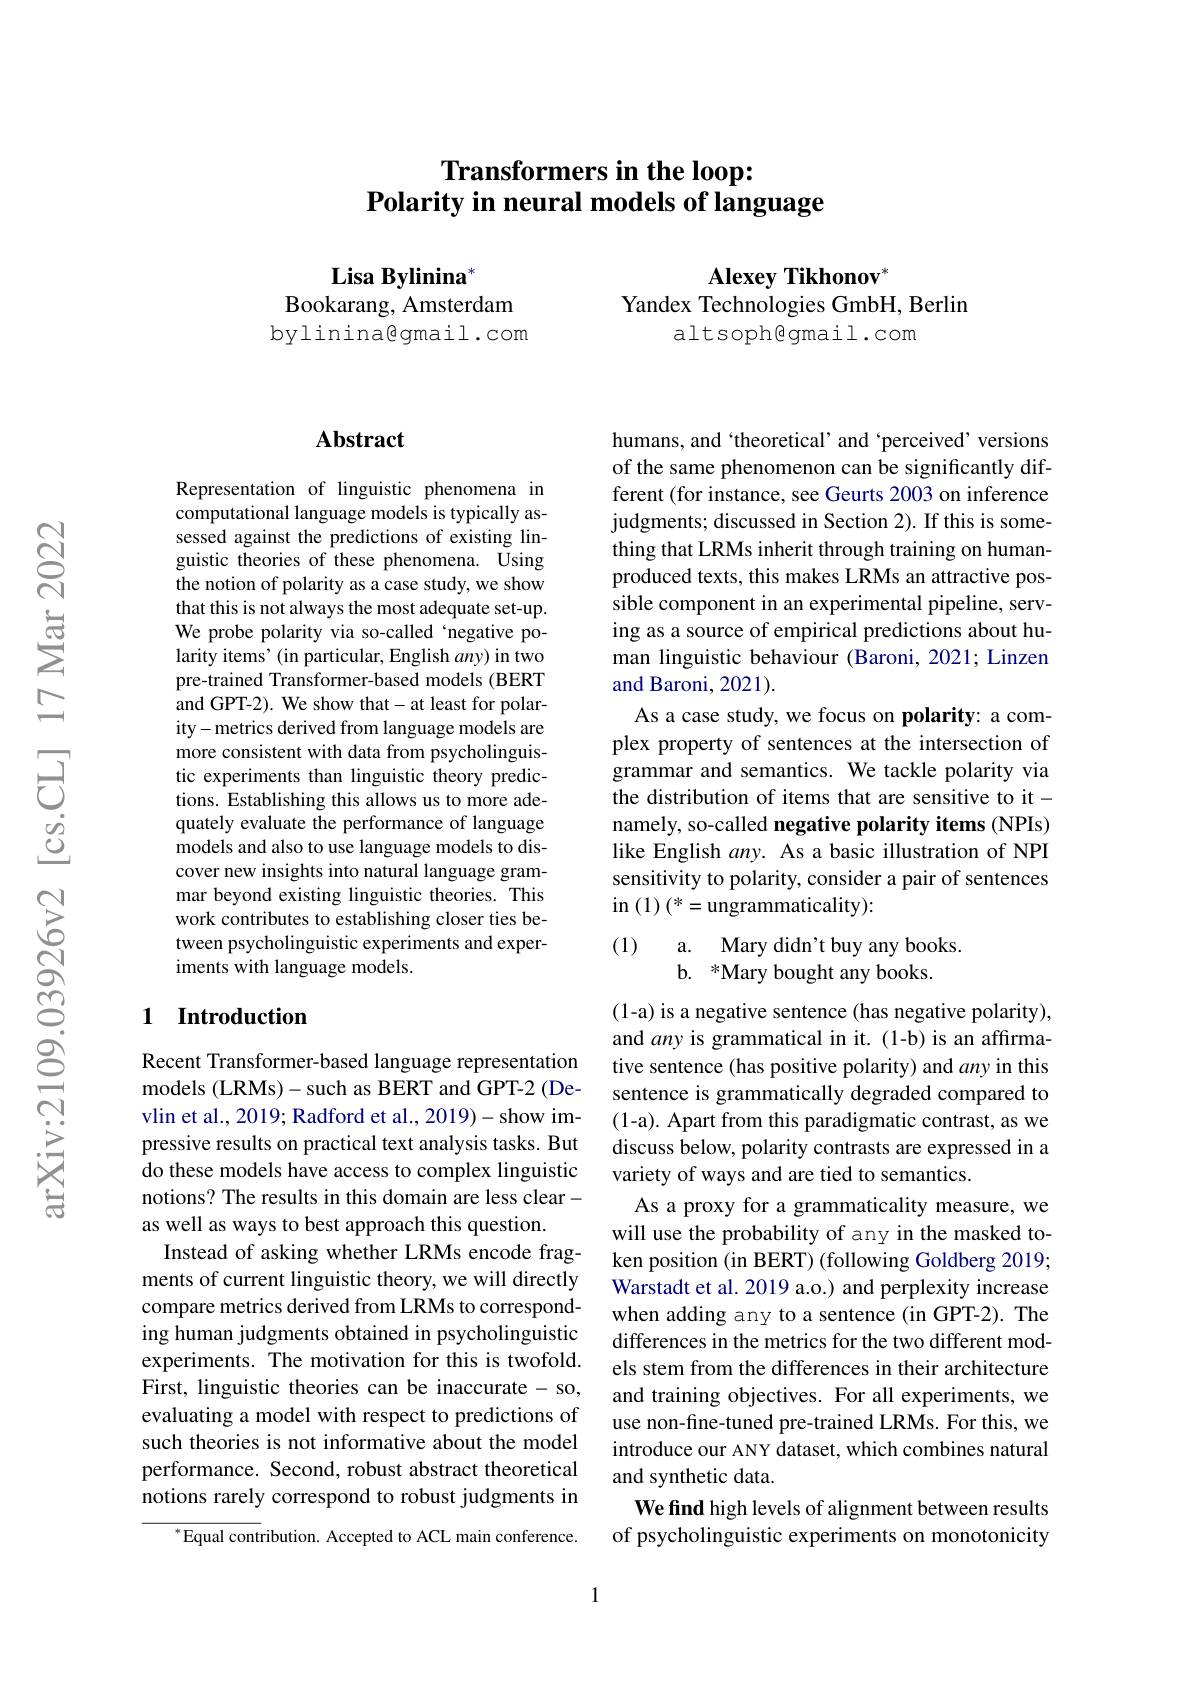
# Transformers in the loop: Polarity in neural models of language

$\mathbf{LisaBylinina}^{*}$
Bookarang, Amsterdam bylinina@gmail.com

$\mathbf{Alexey~Tikhonov}^{*}$

Yandex Technologies GmbH, Berlin
altsoph@gmail.com

### Abstract

Representation of linguistic phenomena in computational language models is typically assessed against the predictions of existing linguistic theories of these phenomena. Using the notion of polarity as a case study, we show that this is not always the most adequate set-up. We probe polarity via so-called‘negative polarity items’(in particular, English $any)$ in two pre-trained Transformer-based models (BERT and GPT-2). We show that- at least for polarity-metrics derived from language models are more consistent with data from psycholinguistic experiments than linguistic theory predictions. Establishing this allows us to more adequately evaluate the performance of language models and also to use language models to discover new insights into natural language grammar beyond existing linguistic theories. This work contributes to establishing closer ties between psycholinguistic experiments and experiments with language models.

## 1 Introduction

Recent Transformer-based language representation models (LRMs)-such as BERT and GPT-2 (Devlin et al., 2019; Radford et al., 2019)- show impressive results on practical text analysis tasks. But do these models have access to complex linguistic notions? The results in this domain are less clearas well as ways to best approach this question.
Instead of asking whether LRMs encode fragments of current linguistic theory, we will directly compare metrics derived from LRMs to corresponding human judgments obtained in psycholinguistic experiments. The motivation for this is twofold. First, linguistic theories can be inaccurate - so, evaluating a model with respect to predictions of such theories is not informative about the model performance. Second, robust abstract theoretical notions rarely correspond to robust judgments in
$^{*}{\mathrm{Equal~contribution.~Accepted~to~ACL~main~conference.}}$

humans, and `theoretical’ and‘perceived’ versions of the same phenomenon can be significantly different (for instance, see Geurts 2003 on inference judgments; discussed in Section 2). If this is something that LRMs inherit through training on humanproduced texts, this makes LRMs an attractive possible component in an experimental pipeline, serving as a source of empirical predictions about human linguistic behaviour (Baroni, 2021; Linzen and Baroni, 2021).
As a case study, we focus on polarity: a complex property of sentences at the intersection of grammar and semantics. We tackle polarity via the distribution of items that are sensitive to itnamely, so-called negative polarity items (NPIs) like English any. As a basic illustration of NPI sensitivity to polarity, consider a pair of sentences $\operatorname{in}\left(1\right)(^*=\operatorname{ungrammaticality}):$

(1)

a. Mary didn't buy any books.
b. *Mary bought any books.

(1-a) is a negative sentence (has negative polarity), and any is grammatical in it. (1-b) is an affirmative sentence (has positive polarity) and any in this sentence is grammatically degraded compared to (1-a). Apart from this paradigmatic contrast, as we discuss below, polarity contrasts are expressed in a variety of ways and are tied to semantics.
As a proxy for a grammaticality measure, we will use the probability of any in the masked token position (in BERT) (following Goldberg 2019; Warstadt et al. 2019 a.o.) and perplexity increase when adding any to a sentence (in GPT-2). The differences in the metrics for the two different models stem from the differences in their architecture and training objectives. For all experiments, we use non-fine-tuned pre-trained LRMs. For this, we introduce our ANY dataset, which combines natural and synthetic data.
We find high levels of alignment between results of psycholinguistic experiments on monotonicity

1